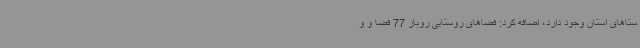
ستاهای استان وجود دارد، اضافه کرد: فضاهای روستایی روباز 77 فضا و و